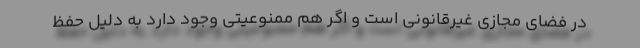
در فضای مجازی غیرقانونی است و اگر هم ممنوعیتی وجود دارد به دلیل حفظ